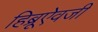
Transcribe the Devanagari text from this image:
हिब्रूऐवजी